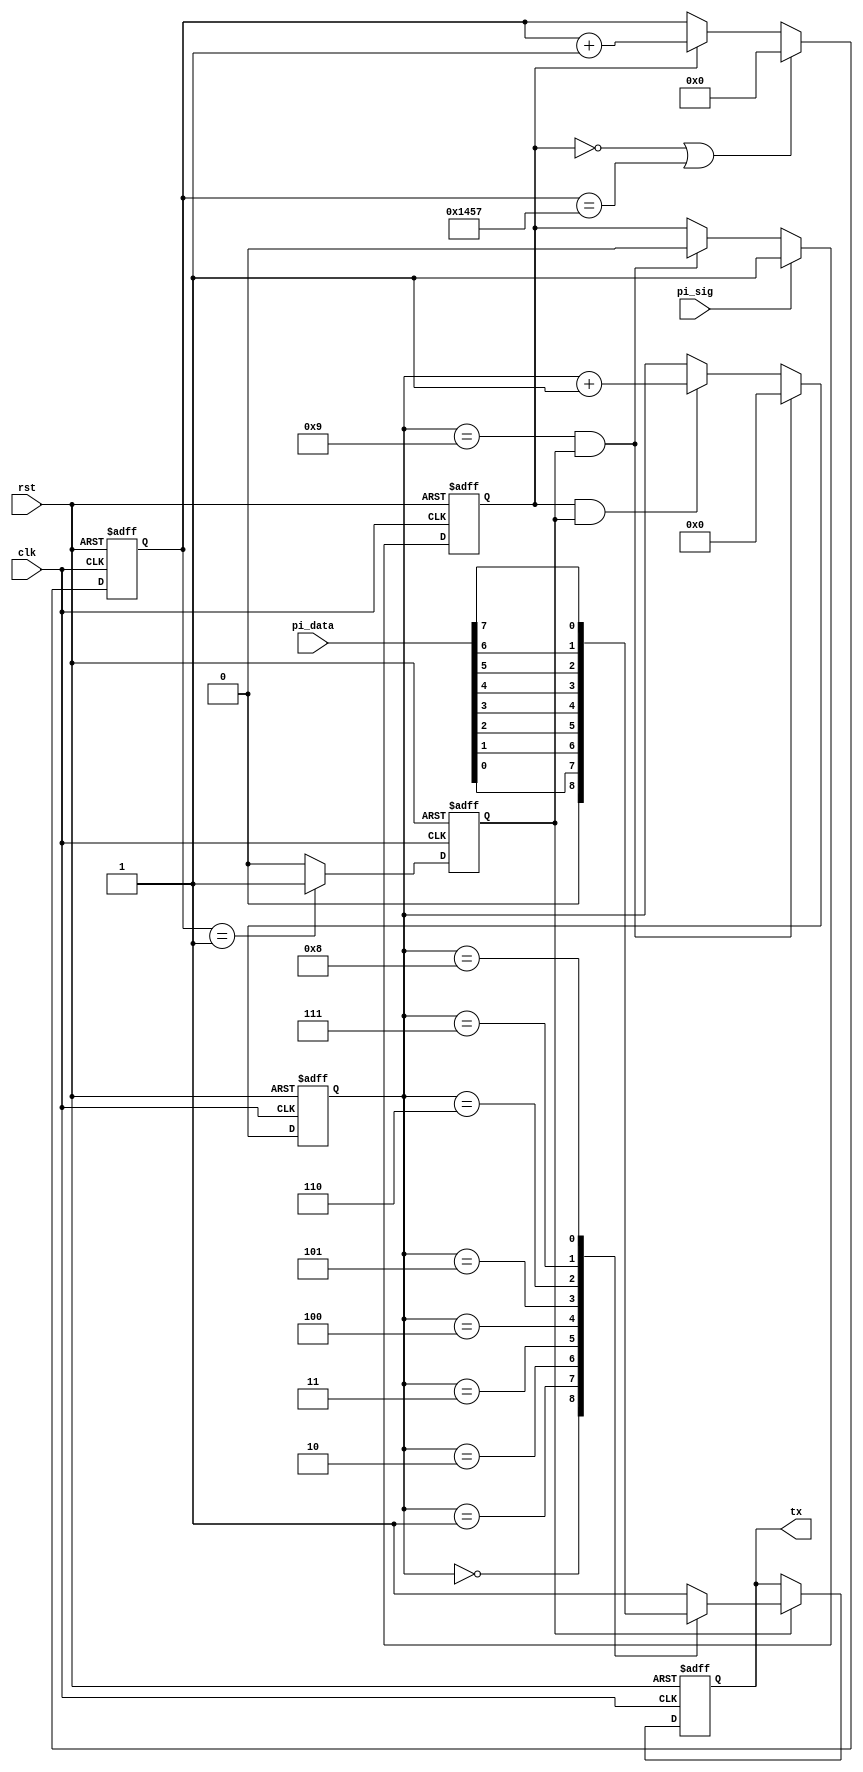
module uart_tx
#(
parameter UART_BPS = 'd9600,
parameter clk_fre  = 'd50_000_000
)
(
input clk,
input rst,
input [7:0] pi_data,
input pi_sig,
output reg tx
);

parameter BAUD_CNT_MAX = clk_fre/UART_BPS;

reg work_en;
reg [15:0] baud_cnt;
reg bit_sig;
reg [3:0] bit_cnt;

always@(posedge clk or posedge rst)
if (rst)
work_en <= 1'b0;
else if (pi_sig == 1'b1)
work_en <= 1'b1;
else if (bit_cnt == 4'd9 && bit_sig == 1'b1)
work_en <= 1'b0;

//baud_cnt
always@(posedge clk or posedge rst)
if (rst)
baud_cnt <= 16'd0;
else if (work_en == 1'b0 || baud_cnt == BAUD_CNT_MAX-1)
baud_cnt <= 16'd0;
else if (work_en == 1'b1)
baud_cnt <= baud_cnt + 1'b1;

//bit_sig
always@(posedge clk or posedge rst)
if (rst)
bit_sig <= 1'b0;
else if (baud_cnt == 16'd1)
bit_sig <= 1'b1;
else
bit_sig <= 1'b0;

//bit_cnt
always@(posedge clk or posedge rst)
if (rst)
bit_cnt <= 4'd0;
else if (bit_cnt == 4'd9 && bit_sig == 1'b1)
bit_cnt <= 4'd0;
else if (work_en == 1'b1 && bit_sig == 1'b1)
bit_cnt <= bit_cnt + 1'b1;


always@(posedge clk or posedge rst)
if (rst)
tx <= 1'b1;
else if (bit_sig == 1'b1)
case(bit_cnt)
0: tx <= 1'b0;
1: tx <= pi_data[0];
2: tx <= pi_data[1];
3: tx <= pi_data[2];
4: tx <= pi_data[3];
5: tx <= pi_data[4];
6: tx <= pi_data[5];
7: tx <= pi_data[6];
8: tx <= pi_data[7];
9: tx <= 1'b1;
default: tx <= 1'b1;
endcase

endmodule